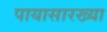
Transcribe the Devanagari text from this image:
पायासारख्या